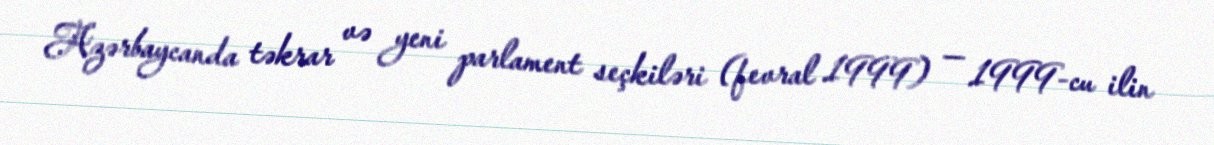
Azərbaycanda təkrar və yeni parlament seçkiləri (fevral 1999) — 1999-cu ilin